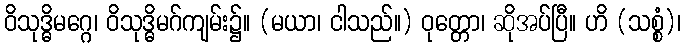
ဝိသုဒ္ဓိမဂ္ဂေ၊ ဝိသုဒ္ဓိမဂ်ကျမ်း၌။ (မယာ၊ ငါသည်။) ဝုတ္တော၊ ဆိုအပ်ပြီ။ ဟိ (သစ္စံ)၊